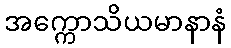
အက္ကောသိယမာနာနံ